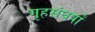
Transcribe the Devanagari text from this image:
गृहसंघर्षों